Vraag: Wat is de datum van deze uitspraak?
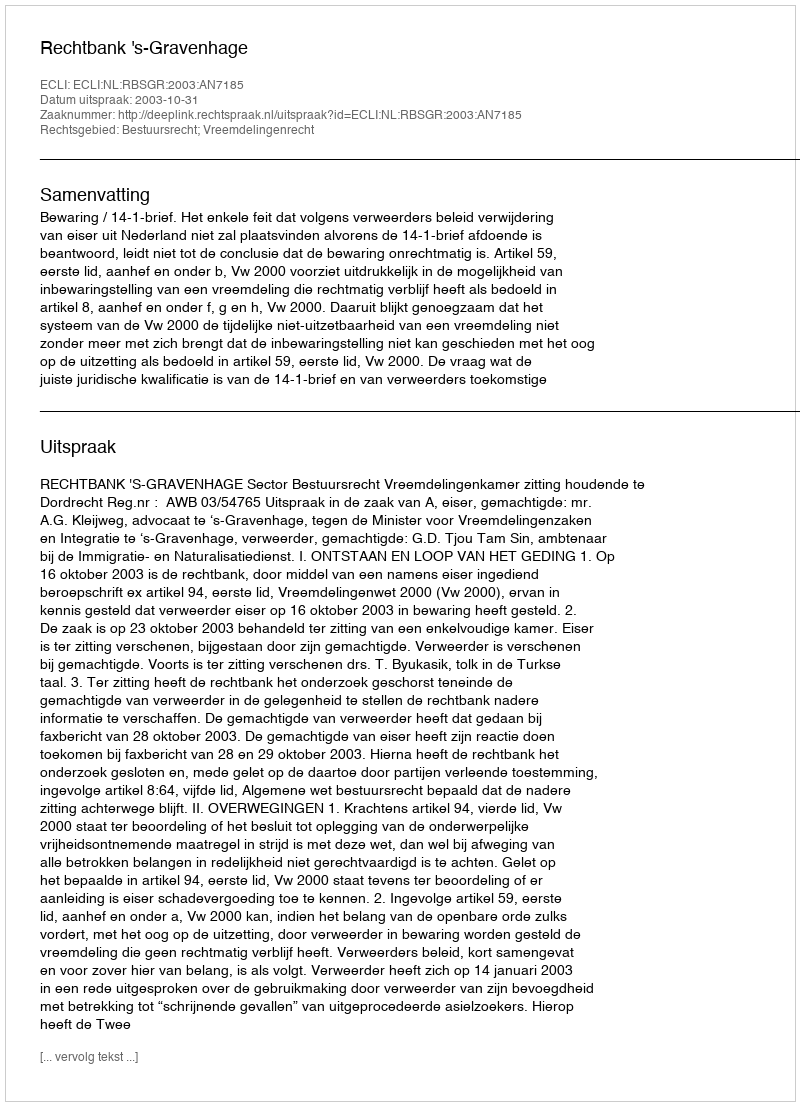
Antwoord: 2003-10-31